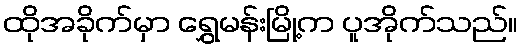
ထိုအခိုက်မှာ ရွှေမန်းမြို့က ပူအိုက်သည်။